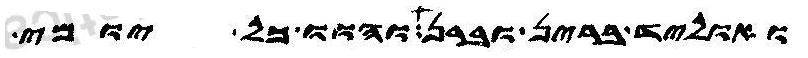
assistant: ואוליד ברין וברן והוו כל יומי